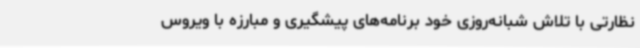
نظارتی با تلاش شبانه‌روزی خود برنامه‌های پیشگیری و مبارزه با ویروس